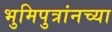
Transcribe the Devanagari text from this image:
भुमिपुत्रांनच्या